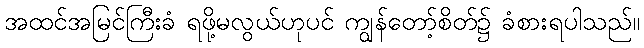
အထင်အမြင်ကြီးခံ ရဖို့မလွယ်ဟုပင် ကျွန်တော့်စိတ်၌ ခံစားရပါသည်။